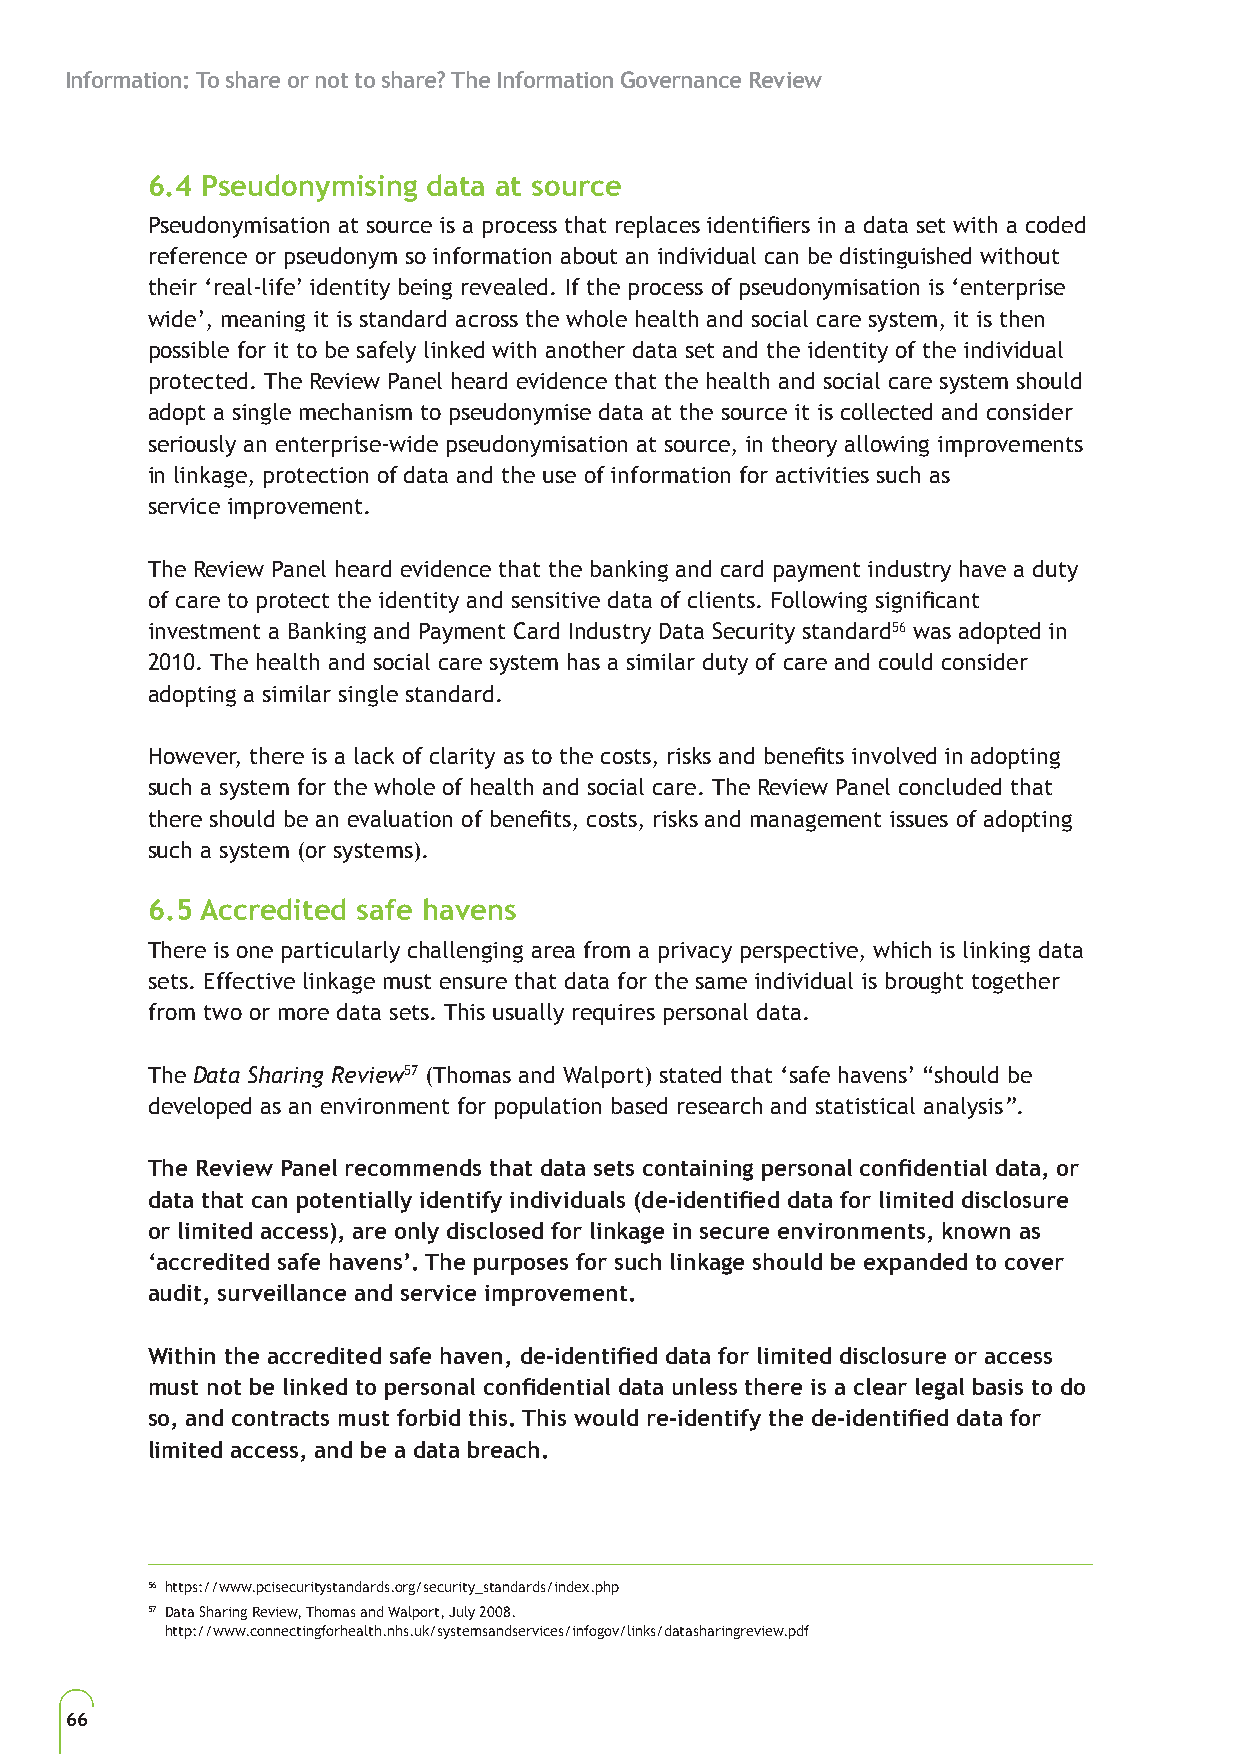
Information: To share or not to share? The Information Governance Review
 6.4 Pseudonymising data at source
 Pseudonymisation at source is a process that replaces identifiers in a data set with a coded
 reference or pseudonym so information about an individual can be distinguished without
 their ‘real-life’ identity being revealed. If the process of pseudonymisation is ‘enterprise
 wide’, meaning it is standard across the whole health and social care system, it is then
 possible for it to be safely linked with another data set and the identity of the individual
 protected. The Review Panel heard evidence that the health and social care system should
 adopt a single mechanism to pseudonymise data at the source it is collected and consider
 seriously an enterprise-wide pseudonymisation at source, in theory allowing improvements
 in linkage, protection of data and the use of information for activities such as
 service improvement.
 The Review Panel heard evidence that the banking and card payment industry have a duty
 of care to protect the identity and sensitive data of clients. Following significant
 investment a Banking and Payment Card Industry Data Security standard56 was adopted in
 2010. The health and social care system has a similar duty of care and could consider
 adopting a similar single standard.
 However, there is a lack of clarity as to the costs, risks and benefits involved in adopting
 such a system for the whole of health and social care. The Review Panel concluded that
 there should be an evaluation of benefits, costs, risks and management issues of adopting
 such a system (or systems).
 6.5 Accredited safe havens
 There is one particularly challenging area from a privacy perspective, which is linking data
 sets. Effective linkage must ensure that data for the same individual is brought together
 from two or more data sets. This usually requires personal data.
 The Data Sharing Review57 (Thomas and Walport) stated that ‘safe havens’ “should be
 developed as an environment for population based research and statistical analysis”.
 The Review Panel recommends that data sets containing personal confidential data, or
 data that can potentially identify individuals (de-identified data for limited disclosure
 or limited access), are only disclosed for linkage in secure environments, known as
 ‘accredited safe havens’. The purposes for such linkage should be expanded to cover
 audit, surveillance and service improvement.
 Within the accredited safe haven, de-identified data for limited disclosure or access
 must not be linked to personal confidential data unless there is a clear legal basis to do
 so, and contracts must forbid this. This would re-identify the de-identified data for
 limited access, and be a data breach.
 56 https://www.pcisecuritystandards.org/security_standards/index.php
 57 Data Sharing Review, Thomas and Walport, July 2008.
 http://www.connectingforhealth.nhs.uk/systemsandservices/infogov/links/datasharingreview.pdf
 66